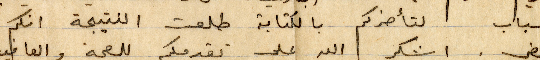
أسباب لتأخركم بالكتابة طلعت النتيجة انكم